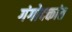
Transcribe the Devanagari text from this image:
गंगोदकांत